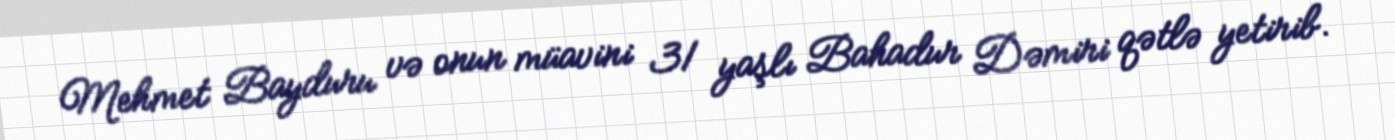
Mehmet Bayduru və onun müavini 31 yaşlı Bahadur Dəmiri qətlə yetirib.